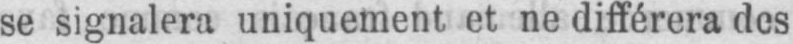
se signalera uniquement et ne différera des